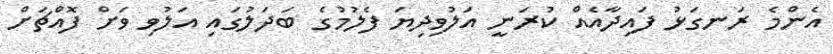
އެންމެ ރަނގަޅު ފައިދާއެއް ކުރަނީ އަލުވިދިޔަ ފެލުމުގެ ބަދަލުގައި އަލުވި ވަށް ފޮއްޗަށް